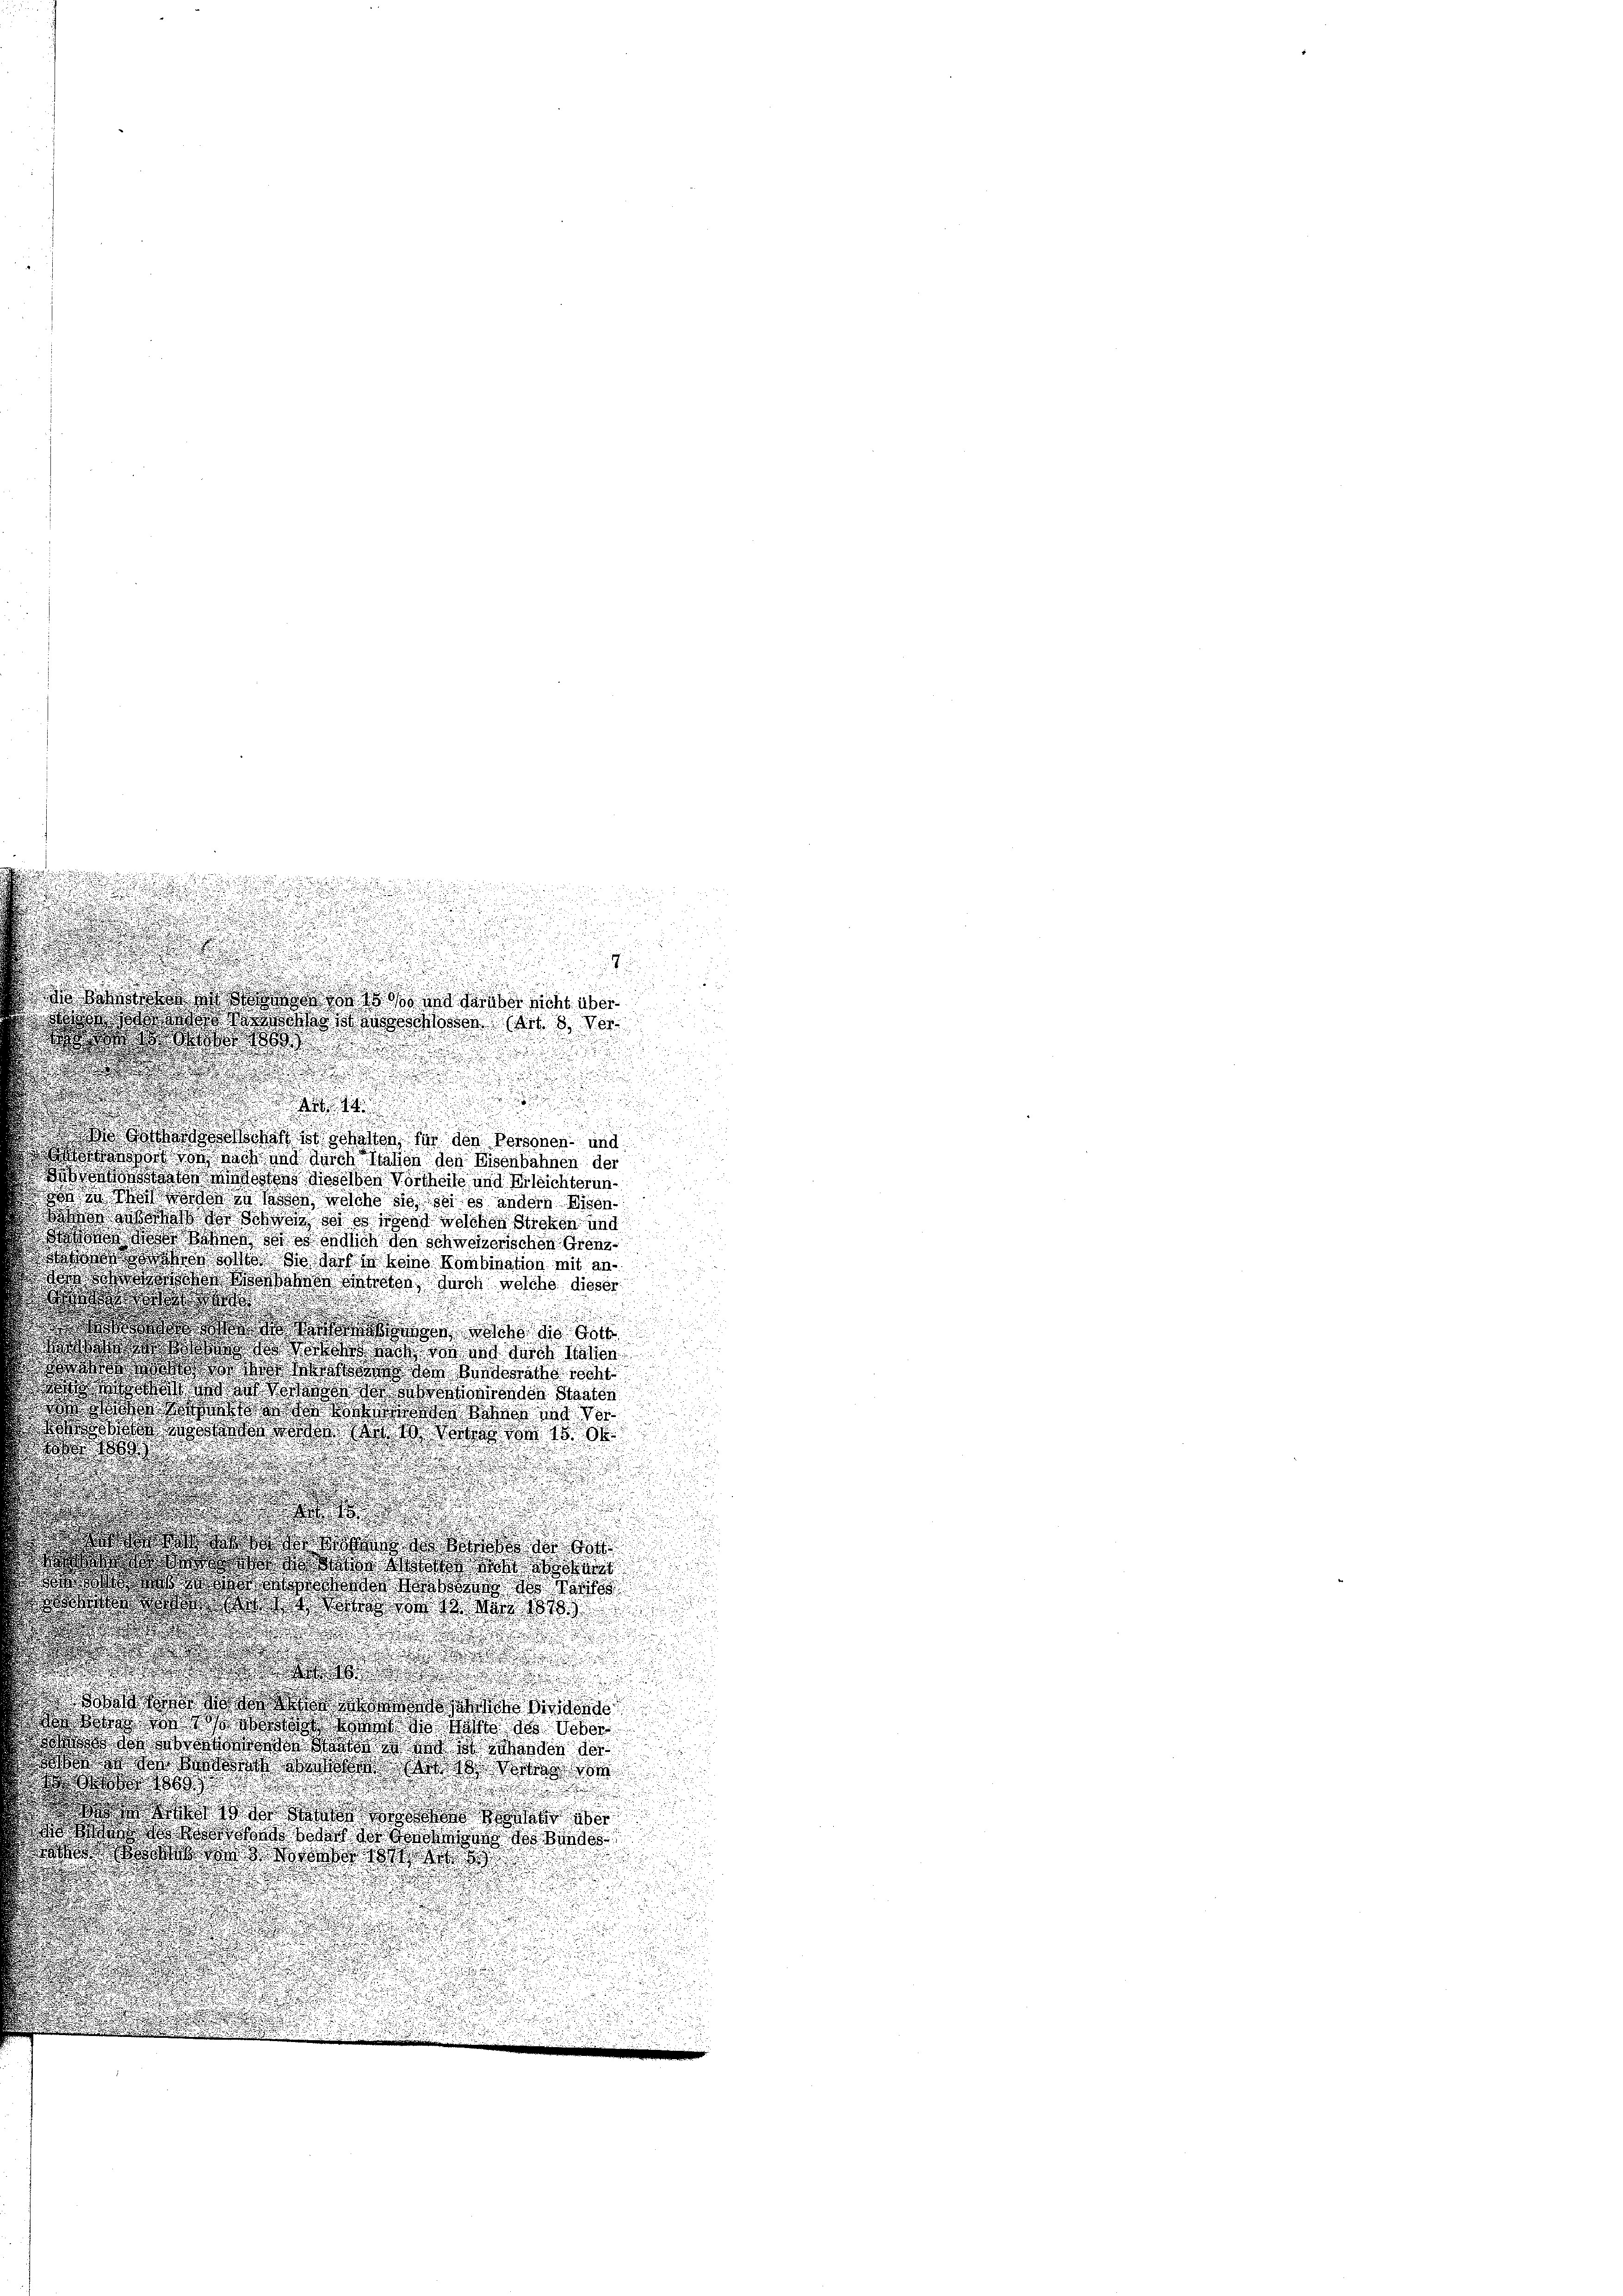
.

.
e
.

.
.
u

 d       den sicht über
 2
asse dass die Mode (Art. 8 de

t

.

d

.

.
do Schatten der den Personen und
ord von nach und durch Station den Eisenbahnen der
nsame dieselben Vortheile und Erleichteruntze de lassen welche sie sei es andern Eisen
ugothis so gebot ist es sont welchen Sticken und
Basis der ohne ses sich den Schweizerischen Grenz¬
B hat sie das so keine Kombination mit an¬

 Waren Eintreten durch welche dieser

.

 sodass d
dt dass dass da und durch diesen
aos des oder den worderliche noch
 tat der orde docenden Staaten
wstwo wie bei und de
do ds o a 1 des am 15. 64

.
.
d
des ge
odo da war dos des
d war es d
dweder da der von 1818.

s

.

 o d
n das so war es hatte des Ueber
so hat des werden de
a dass wir das so das b
6
d

.
 saß gegen
s in den sind so der voraus des Bundes
 der an der 181

sherigen
2

 Sinn

5
u